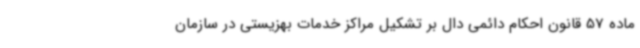
ماده 57 قانون احکام دائمی دال بر تشکیل مراکز خدمات بهزیستی در سازمان